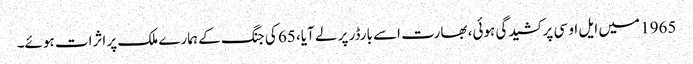
1965 میں ایل او سی پر کشیدگی ہوئی، بھارت اسے بارڈر پر لے آیا، 65 کی جنگ کے ہمارے ملک پر اثرات ہوئے۔